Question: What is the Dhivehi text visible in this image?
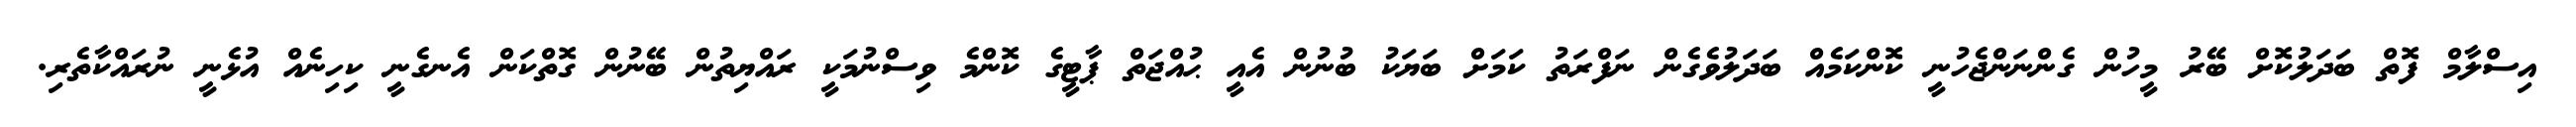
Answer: އިސްލާމް ފޮތް ބަދަލުކޮށް ބޭރު މީހުން ގެންނަންޖެހުނީ ކޮންކަމެއް ބަދަލުވެގެން ނަފްރަތު ކަމަށް ބަޔަކު ބުނުން އެއީ ޙުއްޖަތް ޕާޓީގެ ކޮންމެ ވިސްނުމަކީ ރައްޔިތުން ބޭނުން ގޮތްކަން އެނގެނީ ކިހިނެއް އުޅެނީ ނުރައްކާތެރި.